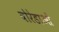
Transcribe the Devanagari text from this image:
वोरेडाओं